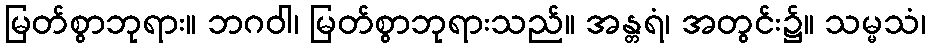
မြတ်စွာဘုရား။ ဘဂဝါ၊ မြတ်စွာဘုရားသည်။ အန္တရံ၊ အတွင်း၌။ သမ္မသံ၊